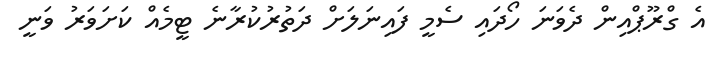
އެ ގްރޫޕްއިން ދެވަނަ ހޯދައި ސެމީ ފައިނަލަށް ދަތުރުކުރާނެ ޓީމެއް ކަށަވަރު ވަނީ